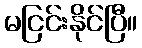
မငြင်းနိုင်ပြီ။